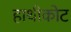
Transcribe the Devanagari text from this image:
हाथीकोट